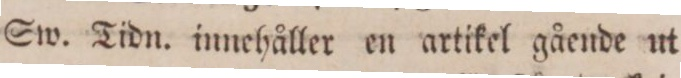
Sw. Tidn. innehåller en artikel gående ut